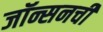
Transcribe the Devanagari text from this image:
जॉन्सनची